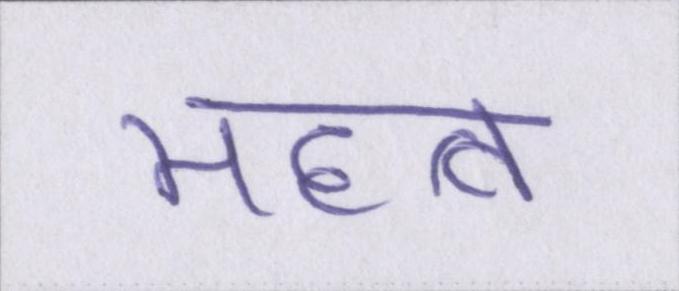
महत्व